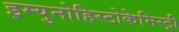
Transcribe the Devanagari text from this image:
इम्युनोहिस्टोकेमिस्ट्री